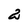
Character: 2